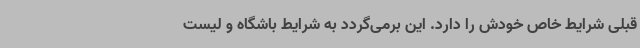
قبلی شرایط خاص خودش را دارد. این برمی‌گردد به شرایط باشگاه و لیست